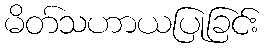
မိတ်သဟာယပြုခြင်း